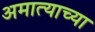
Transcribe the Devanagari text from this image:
अमात्याच्या